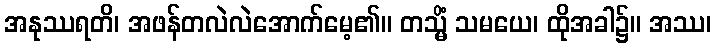
အနုဿရတိ၊ အဖန်တလဲလဲအောက်မေ့၏။ တသ္မိံ သမယေ၊ ထိုအခါ၌။ အဿ၊